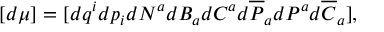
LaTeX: [ d \mu ] = [ d q ^ { i } d p _ { i } d N ^ { a } d B _ { a } d { \cal C } ^ { a } d \overline { { { \cal P } } } _ { a } d { \cal P } ^ { a } d \overline { { { \cal C } } } _ { a } ] ,